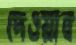
দেওয়াব